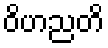
ဝိဟညတိ